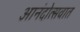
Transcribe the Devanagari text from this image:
आनंदोत्सवात